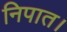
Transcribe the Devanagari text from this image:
निपात।